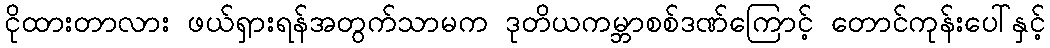
ငိုထားတာလား ဖယ်ရှားရန်အတွက်သာမက ဒုတိယကမ္ဘာစစ်ဒဏ်ကြောင့် တောင်ကုန်းပေါ်နှင့်